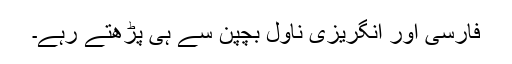
فارسی اور انگریزی ناول بچپن سے ہی پڑھتے رہے۔